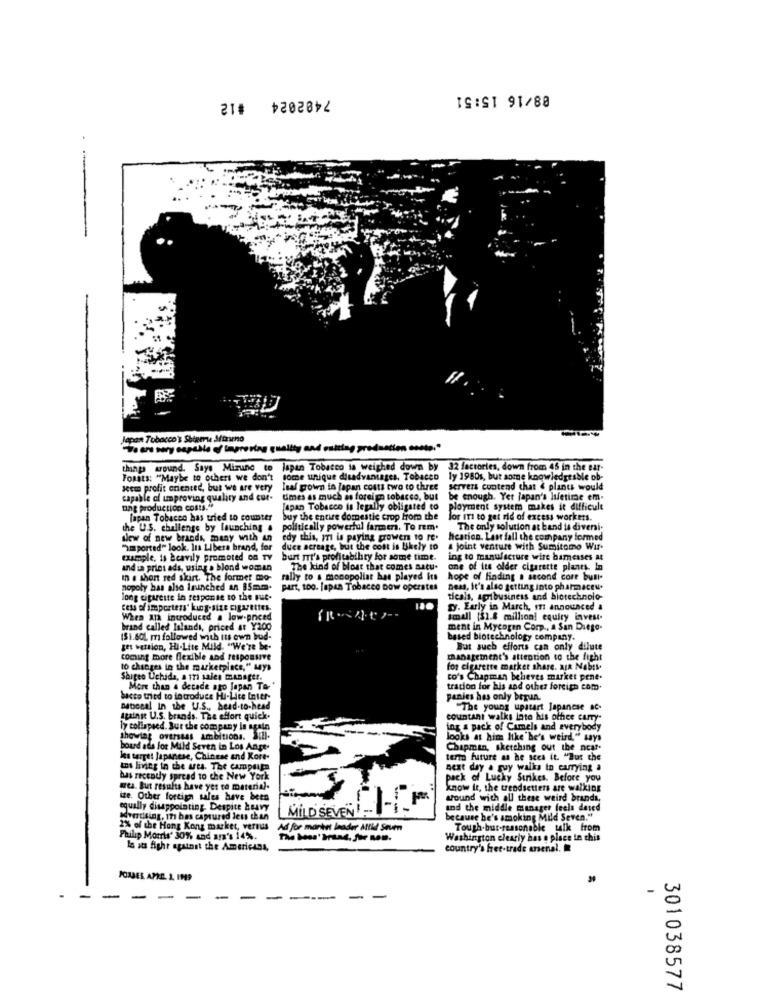
08/16 15:51
7482024 #12
-
Japan Tobacco's Shigeru Mizuno
allty and cutting preduetten costo."
japan Tobacco la weighed down by 32 factories, down from 45 in the ear-
FoRats: "Maybe to others we don't some unique disadvantages, Tobacco
ly 1980s, but some knowledgeable ob-
seem profit oriented, but we are very
Isaf grown in Japan costs two to three
servers contend chat & plants would
capable of umproving quality and cut-
times as much as foreim tobacco, but
be enough. Yet Japan's lifetime em-
ung production costs."
Japan Tobacco is legally obligated to
ployment system makes it difficult
japan Tobacco has tried to counter
buy the entire domestic crop from the
lor IT to get rid of excess workers.
the U.S. challenge by launching .
politically powerful farmeri. To rem.
The only solution at band is diversi-
slew of new brands many with an
edy this, m is paying prowen to re.
heation. Last fall the company formed
"imported" look. Its Libera brand, for
duce acreage, but the cost is Ukely to
a joint venture with Sumitomo Wir-
example, is Heavily promoted on TV
burt It's profitability for some time.
ing to manufacture wire bamesses at
and in print ads, using . blond woman
The kind of bloat that comes satu.
one of its older cigarette plants. In
In . shon red skirt. The former mo-
rally to a monopoliat has played its
hope of finding a second core bull-
nopoly bas also ininched an 85mm.
part, too. Japan Tobacco now operates
Deas, It's also getting into pharmaceu.
long cigarette in response to the Fut.
ticals, agribusiness and biotechnolo-
cess of importers' kung-size cigarettes.
D. Early in March, m announced a
When X12 introduced a low-priced
small ($1.8 million! equity invest.
brand called Islands, priced at Y200
ment in Mycogen Corp ., a San Diego-
(Si.sol m followed with its own bud-
based biotechnology company.
get version, HI-Lite Mild. "We're be-
But such efforts can only dilute
coming more flexible and responsive
management's attention to the fight
to changes in the marketplace," says
for cigarette market share. aja Nobis.
Shigeo Uchida, a tri sales manager.
co's Chapman beheves market pene.
More than a decade ago Japan To- "
tracion for his and other foreign com.
bacto tried to introduce Hi-Lice Inter-
panies has only berun.
Detsccal In the U.S ., head-to-head
young upstart Japanese &C.
Against U.S. brands. The effort quick.
countant walks into his othee carry-
ly collapsed. Sur the company in spain
ing a pack of Camels and everybody
showing overseas Ambitions. 3.2.
looks at him like he's weird," says
board ads for Mild Seven in Los Ange-
Chapman, sketching out the near.
les target japanese, Chinese and Kore-
term future as he sees it. "But the
tos living in the arts. The campaign
next day a guy walks in currying a
bas recently spread to the New York
pack of Lucky Strikes. Before you
wes. But results have yet to material.
know it, the trendsetters are walking
ize. Other foreign sales have been
MILD SEVEN !- -_
around with all these weird brands,
equally disappointing. Despite Heavy
and the middle manager feels deved
advertising, IT has captured less than
because he's smoking Mild Seven."
2% of the Hong Kong market, versus
Ad for market leader Altid Stumm
Tough.but-reasonable talk from
Philip Morris' 30% and ara's 14%.
Washington clearly has e place in this
la ats fight against the Americans
country's free-trade arsenal.
PORSEL APKD. 1. 199
-
-
-
-
--
-
301038577